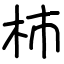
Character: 杮